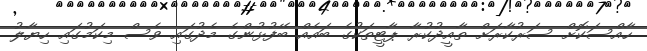
ހާއްސަކޮށް ސަރުކާރަށް ތާއީދުކުރާ ޕާޓީތަކުގެ ބައެއް ބޭފުޅުންގެ މެދުގައި ވެސް މިކަމުގައި ހިޔާލު